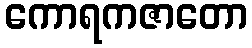
ကောရကဇာတော